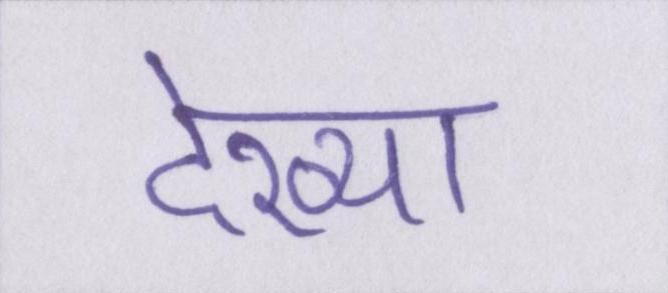
देख्या